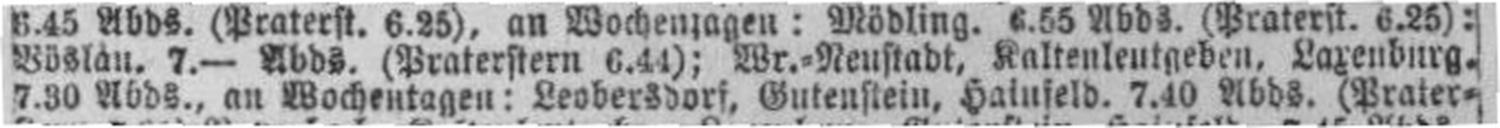
7.30 Abds., an Wochentagen: Leobersdorf, Gutenstein, Hainfeld. 7.40 Abds. (Prater¬